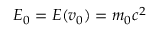
E _ { 0 } = E ( v _ { 0 } ) = m _ { 0 } c ^ { 2 }